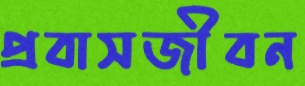
প্রবাসজীবন